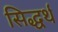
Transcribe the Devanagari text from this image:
सिद्धर्थ